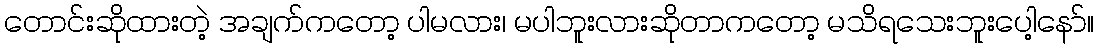
တောင်းဆိုထားတဲ့ အချက်ကတော့ ပါမလား၊ မပါဘူးလားဆိုတာကတော့ မသိရသေးဘူးပေါ့နော်။